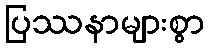
ပြဿနာများစွာ